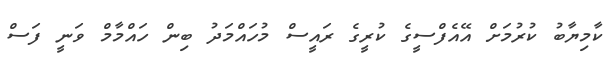
ކާމިޔާބު ކުރުމަށް އޭއެފްސީގެ ކުރީގެ ރައީސް މުހައްމަދު ބިން ހައްމާމް ވަނީ ފަސް